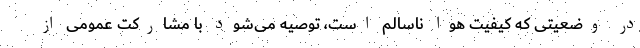
در وضعیتی که کیفیت هوا ناسالم است، توصیه می‌شود با مشارکت عمومی از